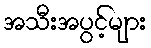
အသီးအပွင့်များ